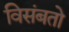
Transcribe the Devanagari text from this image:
विसंबतो